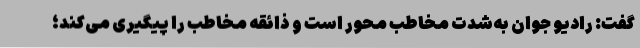
گفت: رادیو جوان به‌شدت مخاطب محور است و ذائقه مخاطب را پیگیری می‌کند؛